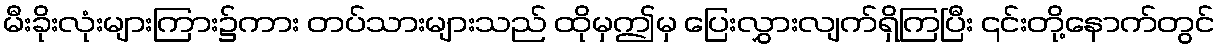
မီးခိုးလုံးများကြား၌ကား တပ်သားများသည် ထိုမှဤမှ ပြေးလွှားလျက်ရှိကြပြီး ၎င်းတို့နောက်တွင်